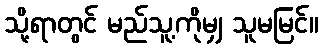
သို့ရာတွင် မည်သူ့ကိုမျှ သူမမြင်။